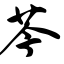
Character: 苓